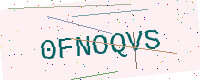
Text: 0FNOQVS